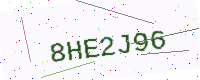
Text: 8HE2J96